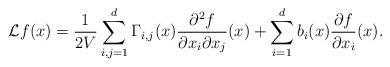
LaTeX: \begin{align*} {\cal L}f(x) = \frac{1}{2V}\sum_{i,j = 1}^d \Gamma_{i,j}(x) \frac{\partial^2 f}{\partial x_i \partial x_j}(x) +\sum_{i = 1}^d b_i (x) \frac{\partial f}{\partial x_i}(x).\end{align*}